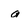
Character: a